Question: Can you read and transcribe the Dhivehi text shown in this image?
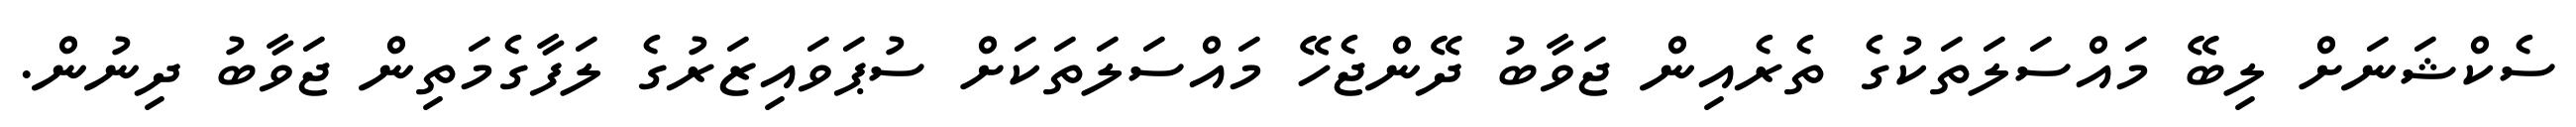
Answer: ސެކްޝަނަށް ލިބޭ މައްސަލަތަކުގެ ތެރެއިން ޖަވާބު ދޭންޖެހޭ މައްސަލަތަކަށް ސުޕަވައިޒަރުގެ ލަފާގެމަތިން ޖަވާބު ދިނުން.